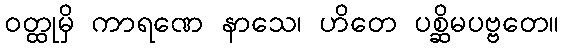
ဝတ္ထုမှိ ကာရဏေ နာသေ၊ ဟိတေ ပစ္ဆိမပဗ္ဗတေ။